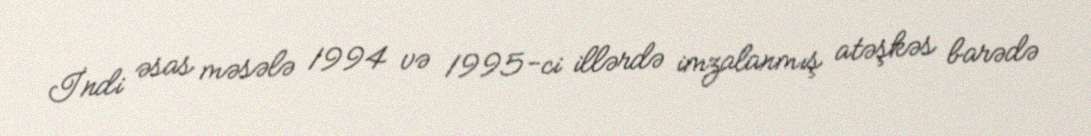
İndi əsas məsələ 1994 və 1995-ci illərdə imzalanmış atəşkəs barədə